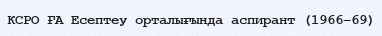
КСРО ҒА Есептеу орталығында аспирант (1966–69)